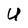
Character: U